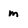
Character: m